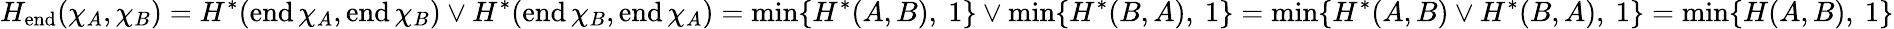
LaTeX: H_{\mathrm{end}}(\chi_{A},\chi_{B})=H^{*}(\mathrm{end}\, \chi_{A},\mathrm{end}\, \chi_{B})\vee H^{*}(\mathrm{end}\, \chi_{B},\mathrm{end}\, \chi_{A})=\operatorname*{min}\{ H^{*}(A,B),\ 1\} \vee\operatorname*{min}\{ H^{*}(B,A),\ 1\} =\operatorname*{min}\{ H^{*}(A,B)\vee H^{*}(B,A),\ 1\} =\operatorname*{min}\{ H(A,B),\ 1\}